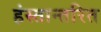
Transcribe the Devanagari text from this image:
हंस्तान्तरित